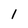
Character: 1